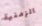
الزمنية